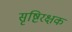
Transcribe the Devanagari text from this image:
सृष्टिरक्षक